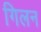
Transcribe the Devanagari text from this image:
गिलन